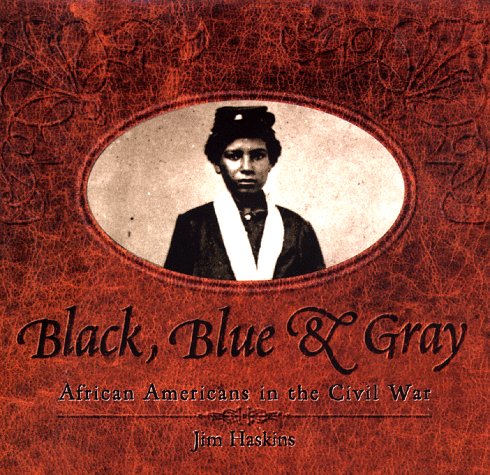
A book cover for Black, Blue & Gray: African Americans In The Civil War; Jim Haskins; Teen & Young Adult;